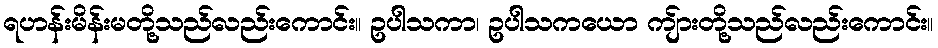
ရဟန်းမိန်းမတို့သည်လည်းကောင်း။ ဥပါသကာ၊ ဥပါသကယော ကျ်ားတို့သည်လည်းကောင်း။